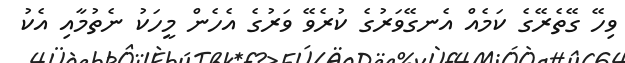
ވިހޭ ގޭތެރޭގެ ކަމެއް އެނގޭވަރުގެ ކުރެވޭ ވަރުގެ އެހެން މީހަކު ނެތުމާއި އެކު